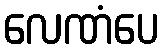
လေဏံပေ